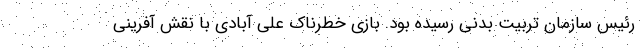
رئیس سازمان تربیت بدنی رسیده بود. بازی خطرناک علی آبادی با نقش آفرینی